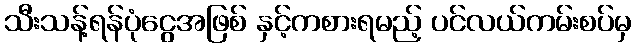
သီးသန့်ရန်ပုံငွေအဖြစ် နှင့်ကစားရမည့် ပင်လယ်ကမ်းစပ်မှ